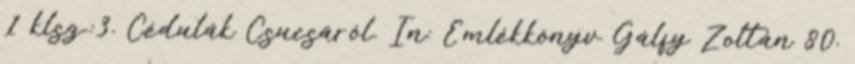
1 klsz.:3. Cédulák Csucsáról. In: Emlékkönyv Gálfy Zoltán 80.